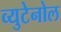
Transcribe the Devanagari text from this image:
व्युटेनोल